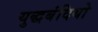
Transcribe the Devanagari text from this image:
युद्धबंदियो